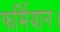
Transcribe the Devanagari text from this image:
फर्मियान।